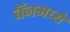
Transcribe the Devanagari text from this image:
बॅजमध्ये